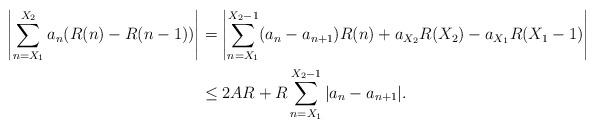
LaTeX: \begin{align*}\left| \sum_{n=X_1}^{X_2} a_n ( R(n)- R(n-1) ) \right| &= \left| \sum_{n=X_1}^{X_2 -1} ( a_n - a_{n+1} ) R(n) + a_{ X_2} R(X_2) - a_{X_1} R( X_1 - 1) \right| \\&\leq 2AR + R \sum_{n= X_1}^{X_2-1} |a_n - a_{n+1}|.\end{align*}